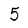
Character: 5